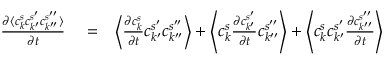
\begin{array} { r l r } { \frac { \partial \langle c _ { k } ^ { s } c _ { k ^ { \prime } } ^ { s ^ { \prime } } c _ { k ^ { \prime \prime } } ^ { s ^ { \prime \prime } } \rangle } { \partial t } } & { { } = } & { \left\langle \frac { \partial c _ { k } ^ { s } } { \partial t } c _ { k ^ { \prime } } ^ { s ^ { \prime } } c _ { k ^ { \prime \prime } } ^ { s ^ { \prime \prime } } \right\rangle + \left\langle c _ { k } ^ { s } \frac { \partial c _ { k ^ { \prime } } ^ { s ^ { \prime } } } { \partial t } c _ { k ^ { \prime \prime } } ^ { s ^ { \prime \prime } } \right\rangle + \left\langle c _ { k } ^ { s } c _ { k ^ { \prime } } ^ { s ^ { \prime } } \frac { \partial c _ { k ^ { \prime \prime } } ^ { s ^ { \prime \prime } } } { \partial t } \right\rangle } \end{array}